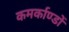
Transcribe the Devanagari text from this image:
कमर्काण्डों